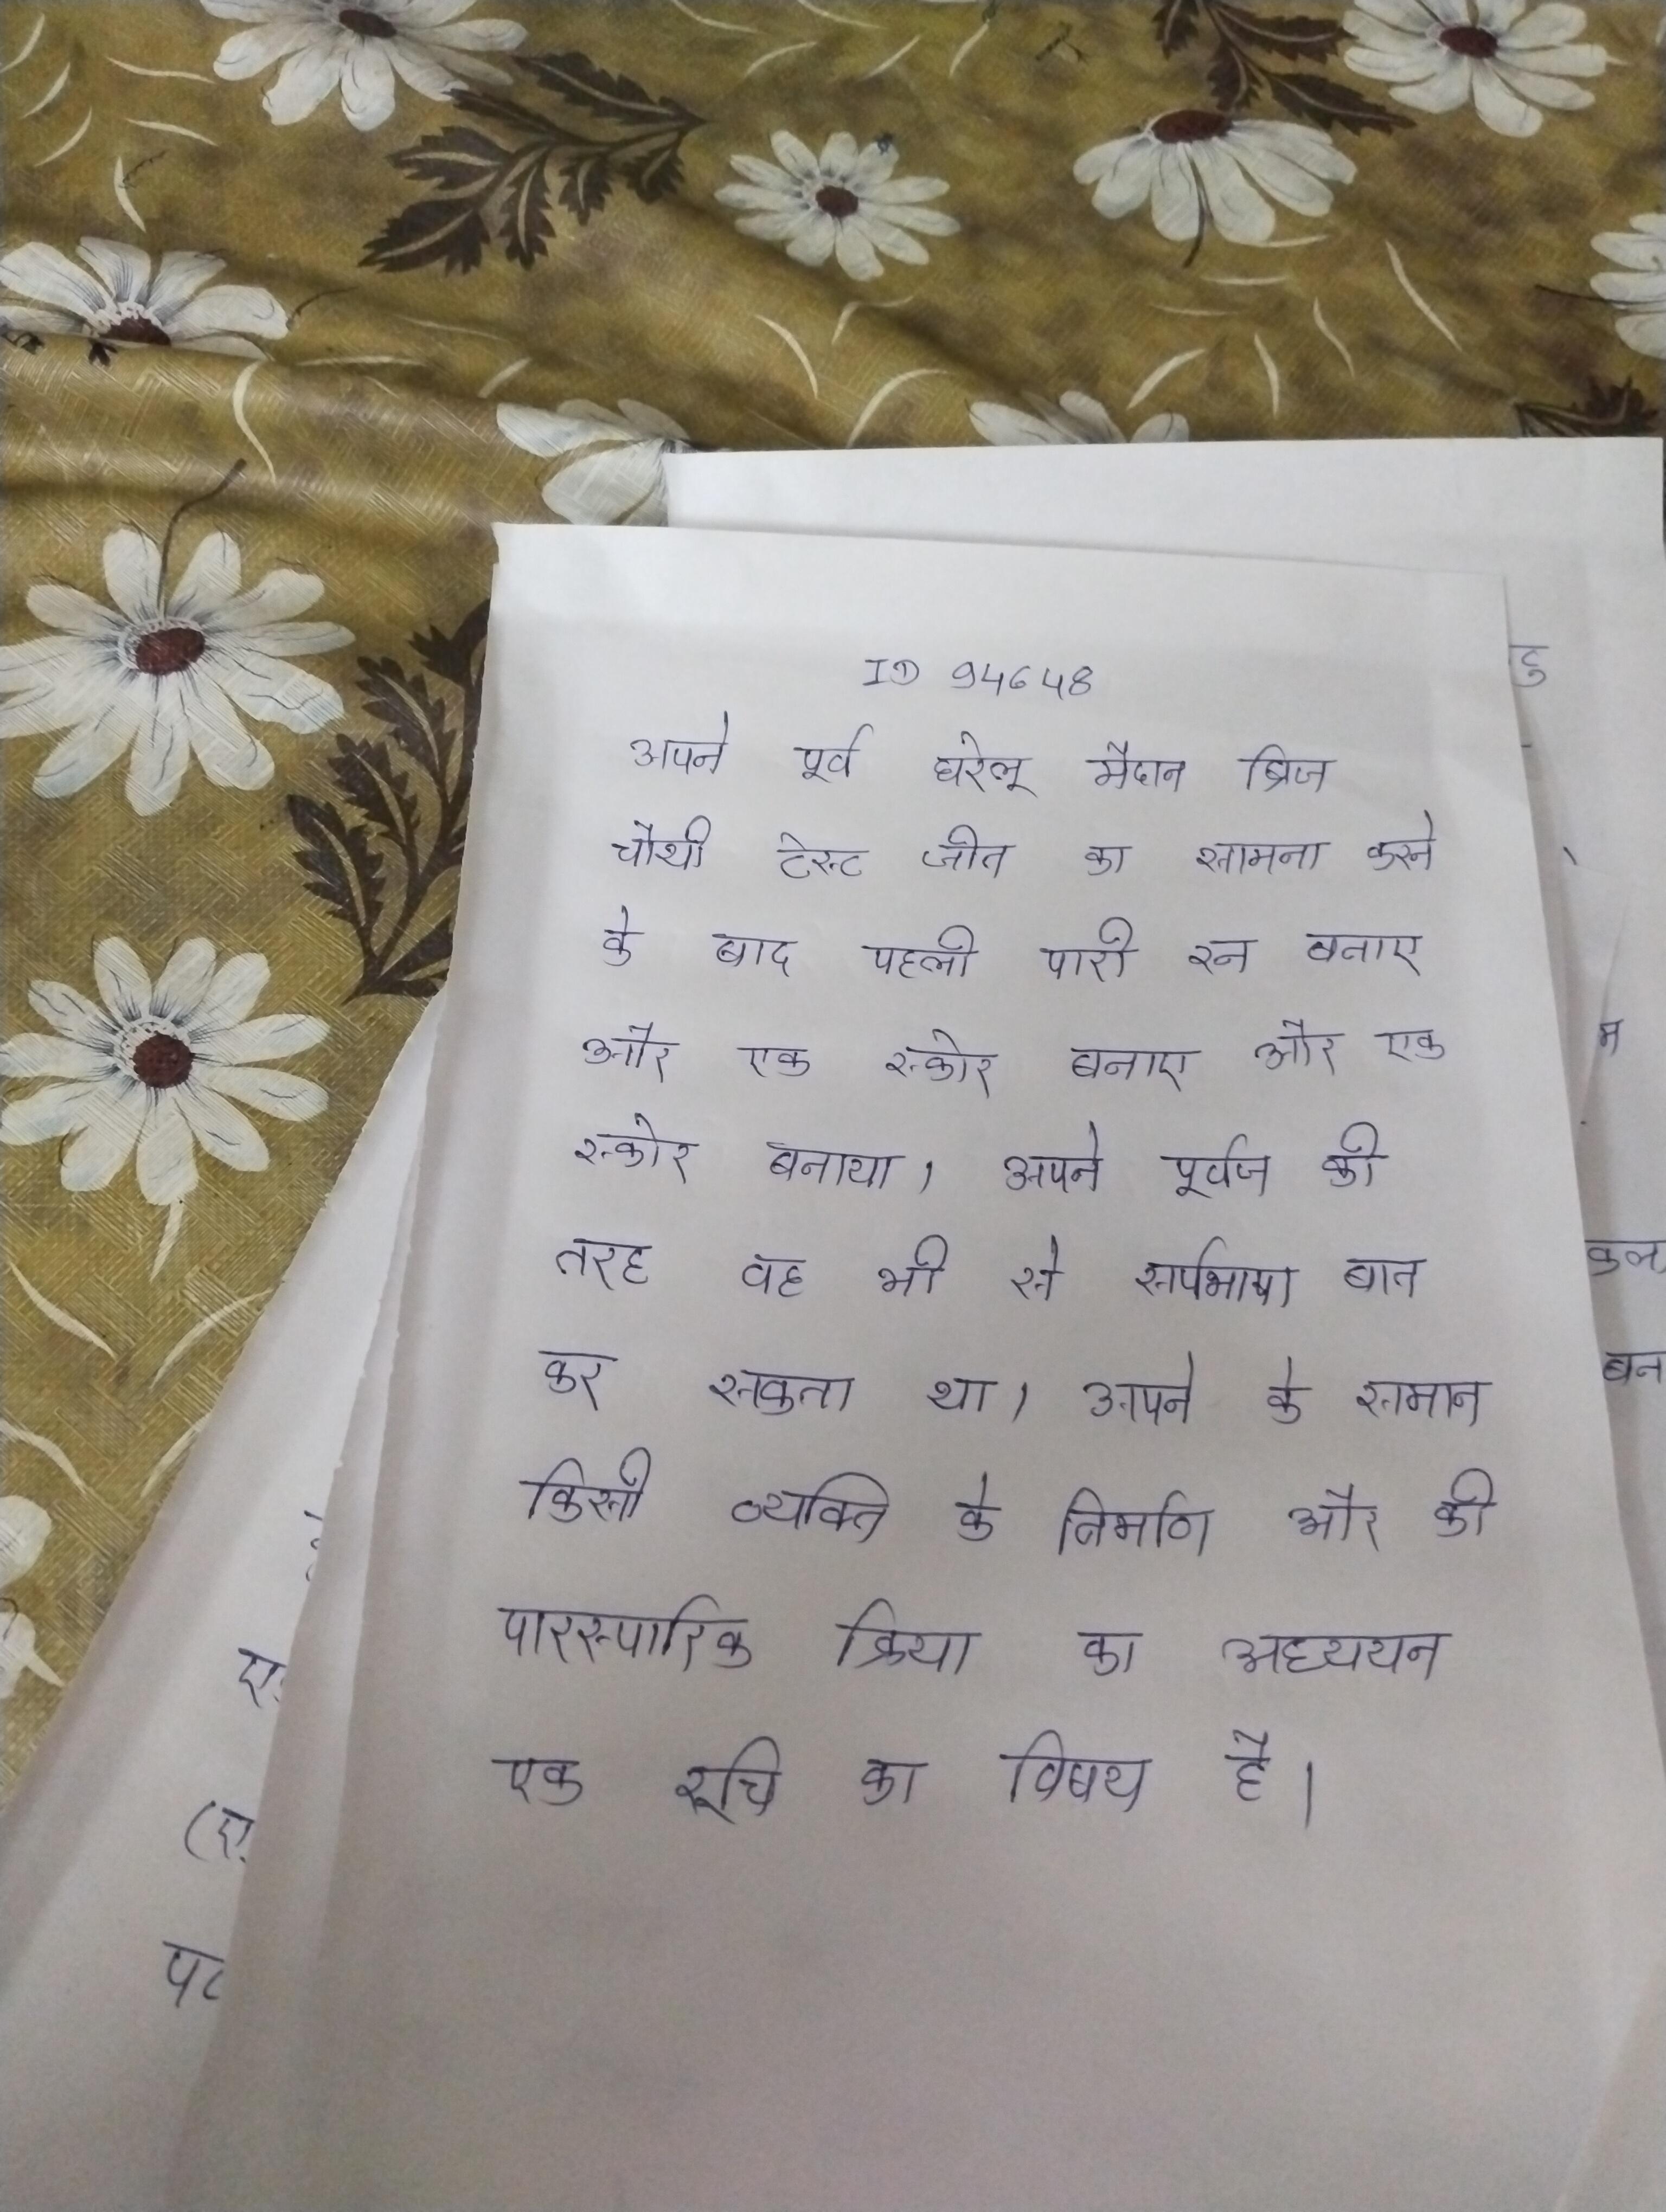
अपने पूर्व घरेलू मैदान ब्रिज चौथी टेस्ट जीत का सामना करने के बाद पहली पारी रन बनाए और एक स्कोर बनाया । अपने पूर्वज की तरह वह भी से सर्पभाषा बात कर सकता था । अपने के समान किसी व्यक्ति के निर्माण और की पारस्परिक क्रिया का अध्ययन एक रुचि का विषय है ।